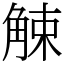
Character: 觫